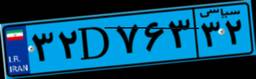
۱۱D۷۷۴۲۲